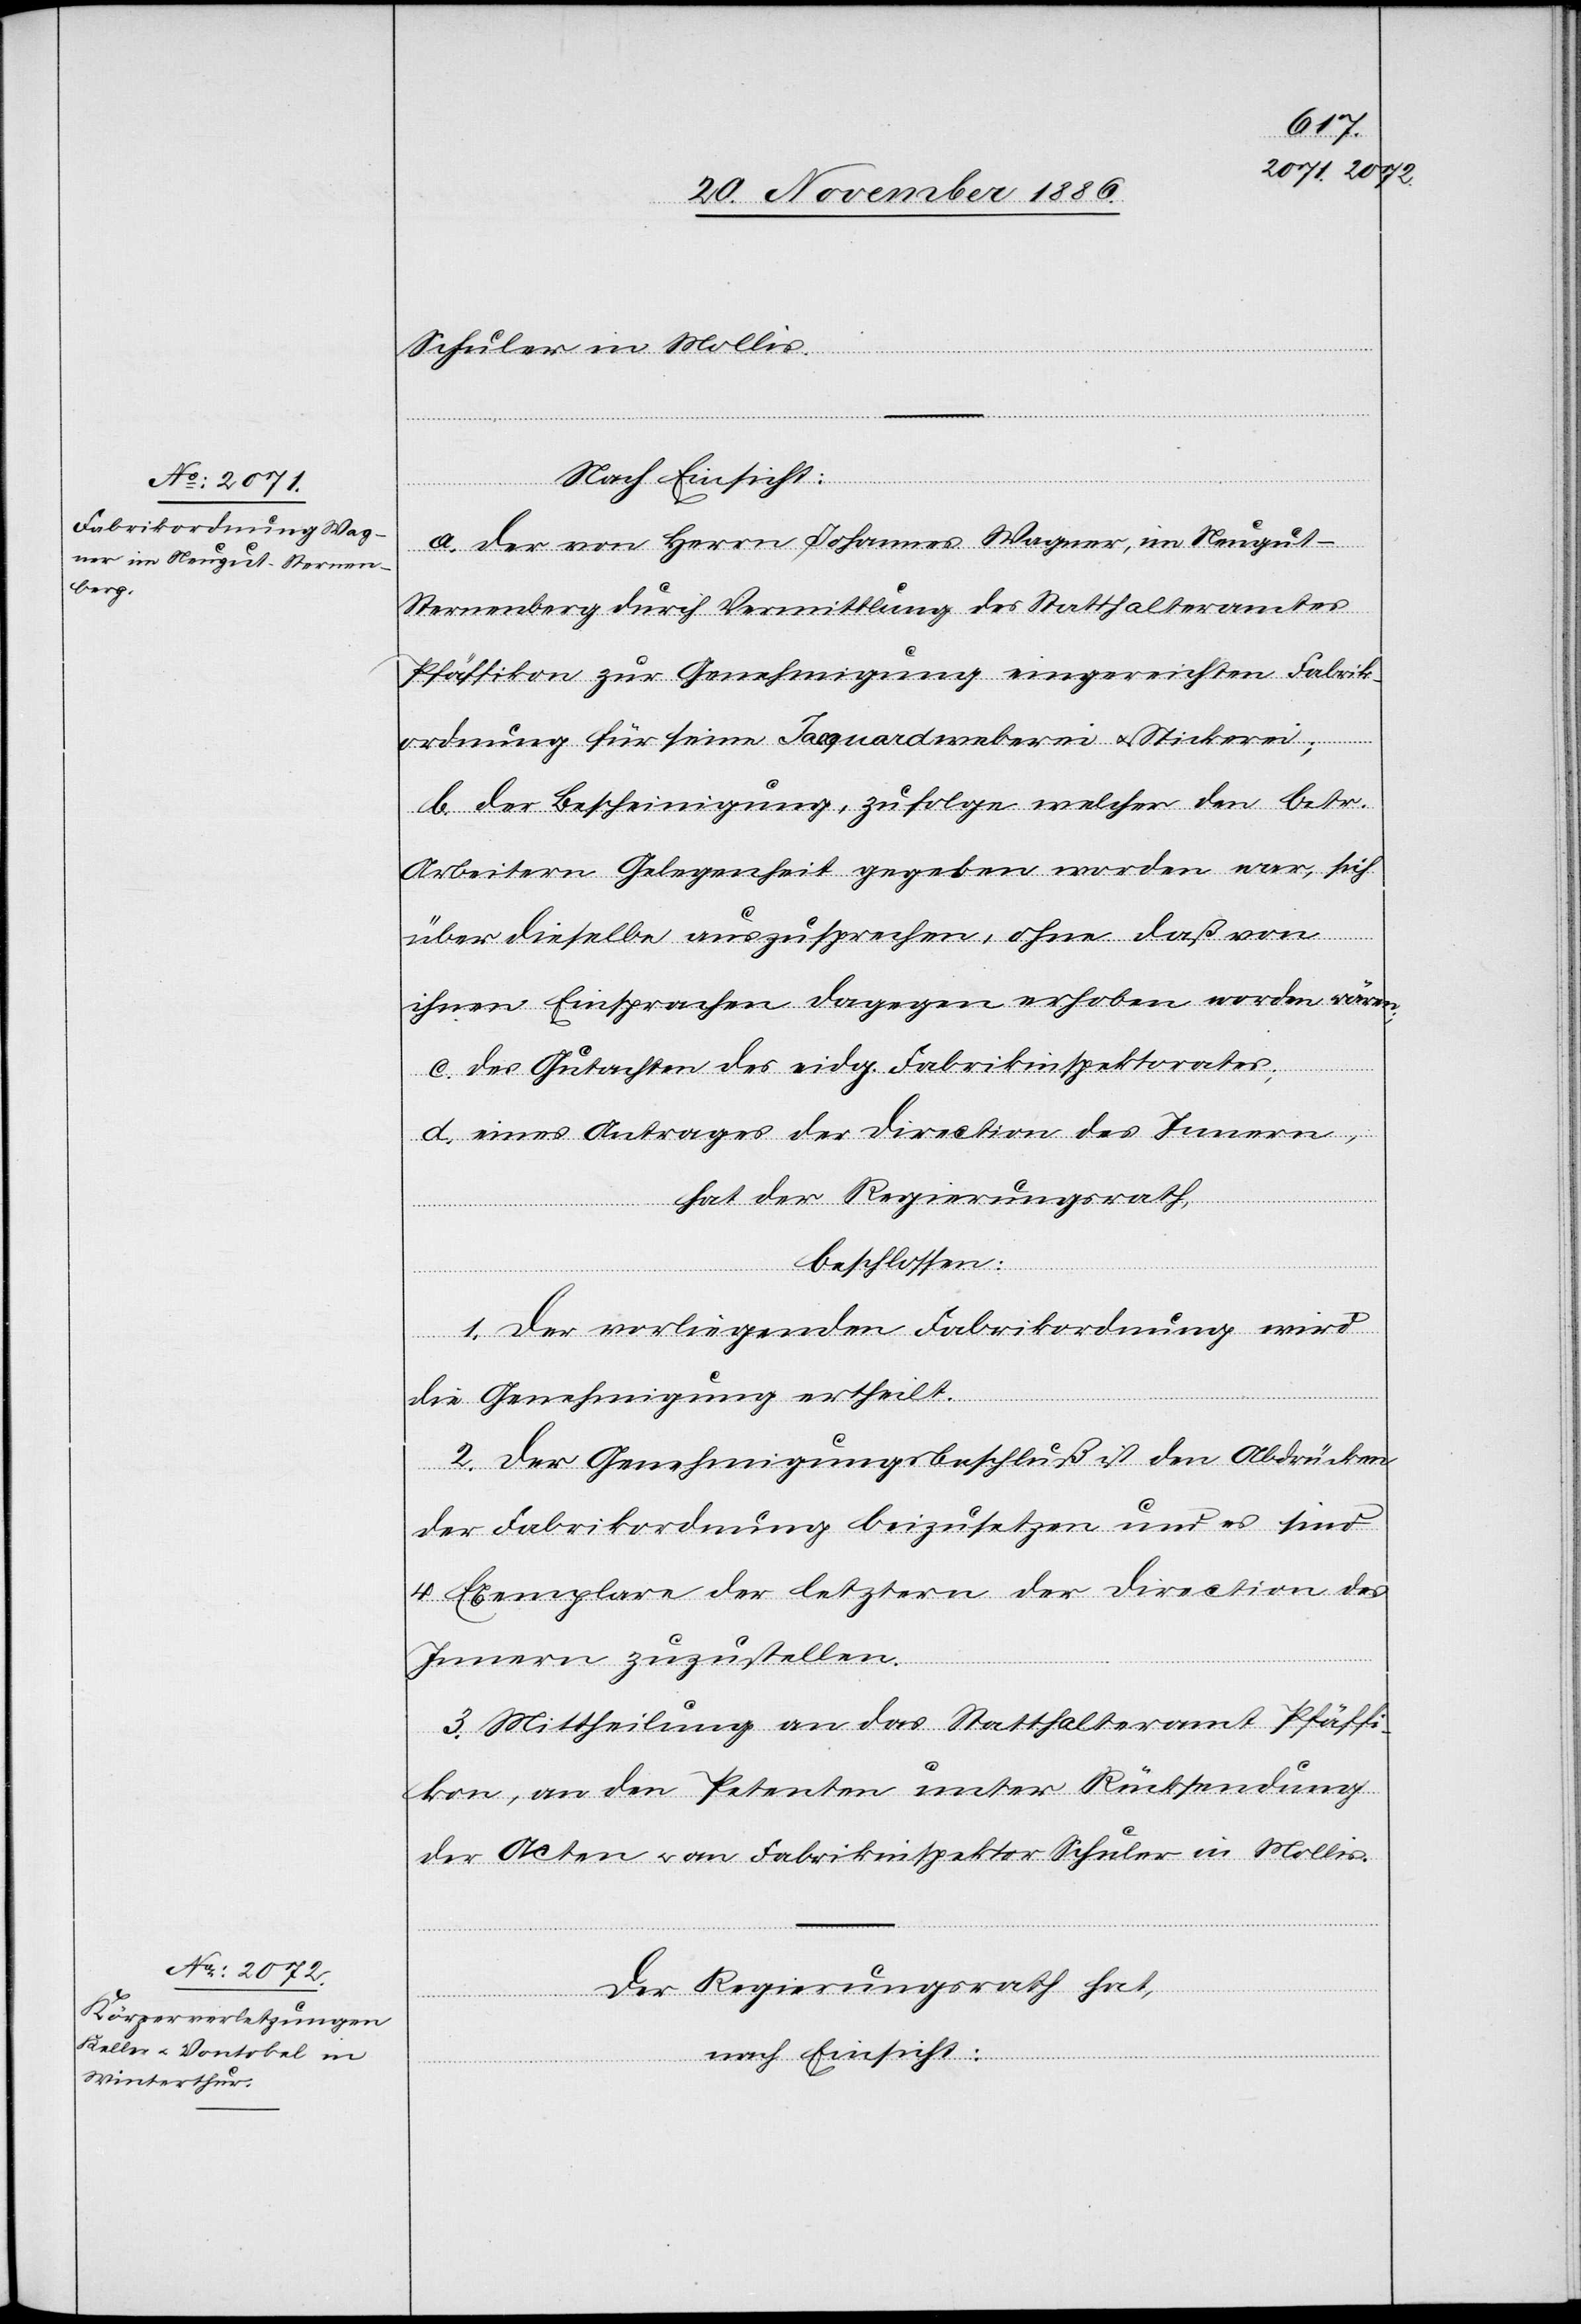
Schuler in Mollis.
Nach Einsicht:
a. der von Herrn Johannes Wagner, im Neugut
Sternenberg durch Vermittlung des Statthalteramtes
Pfäffikon zur Genehmigung eingereichten Fabrik¬
ordnung für seine Jacquardweberei & Stickerei;
b. der Bescheinigung, zufolge welcher den betr.
Arbeitern Gelegenheit gegeben worden war, sich
über dieselbe auszusprechen, ohne daß von
ihnen Einsprachen dagegen erhoben worden wären;
c. des Gutachten[s] des eidg. Fabrikinspektorates;
d. eines Antrages der Direction des Innern,
hat der Regierungsrath,
beschlossen:
1. Der vorliegenden Fabrikordnung wird
die Genehmigung ertheilt.
2. Der Genehmigungsbeschluß ist den Abdrücken
der Fabrikordnung beizusetzen und es sind
4 Exemplare der letztern der Direction des
Innern zuzustellen.
3. Mittheilung an das Statthalteramt Pfäffi¬
kon, an den Petenten unter Rücksendung
der Acten & an Fabrikinspektor Schuler in Mollis.
Der Regierungsrath hat,
nach Einsicht: